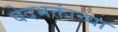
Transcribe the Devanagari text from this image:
वेदभक्तांच्या